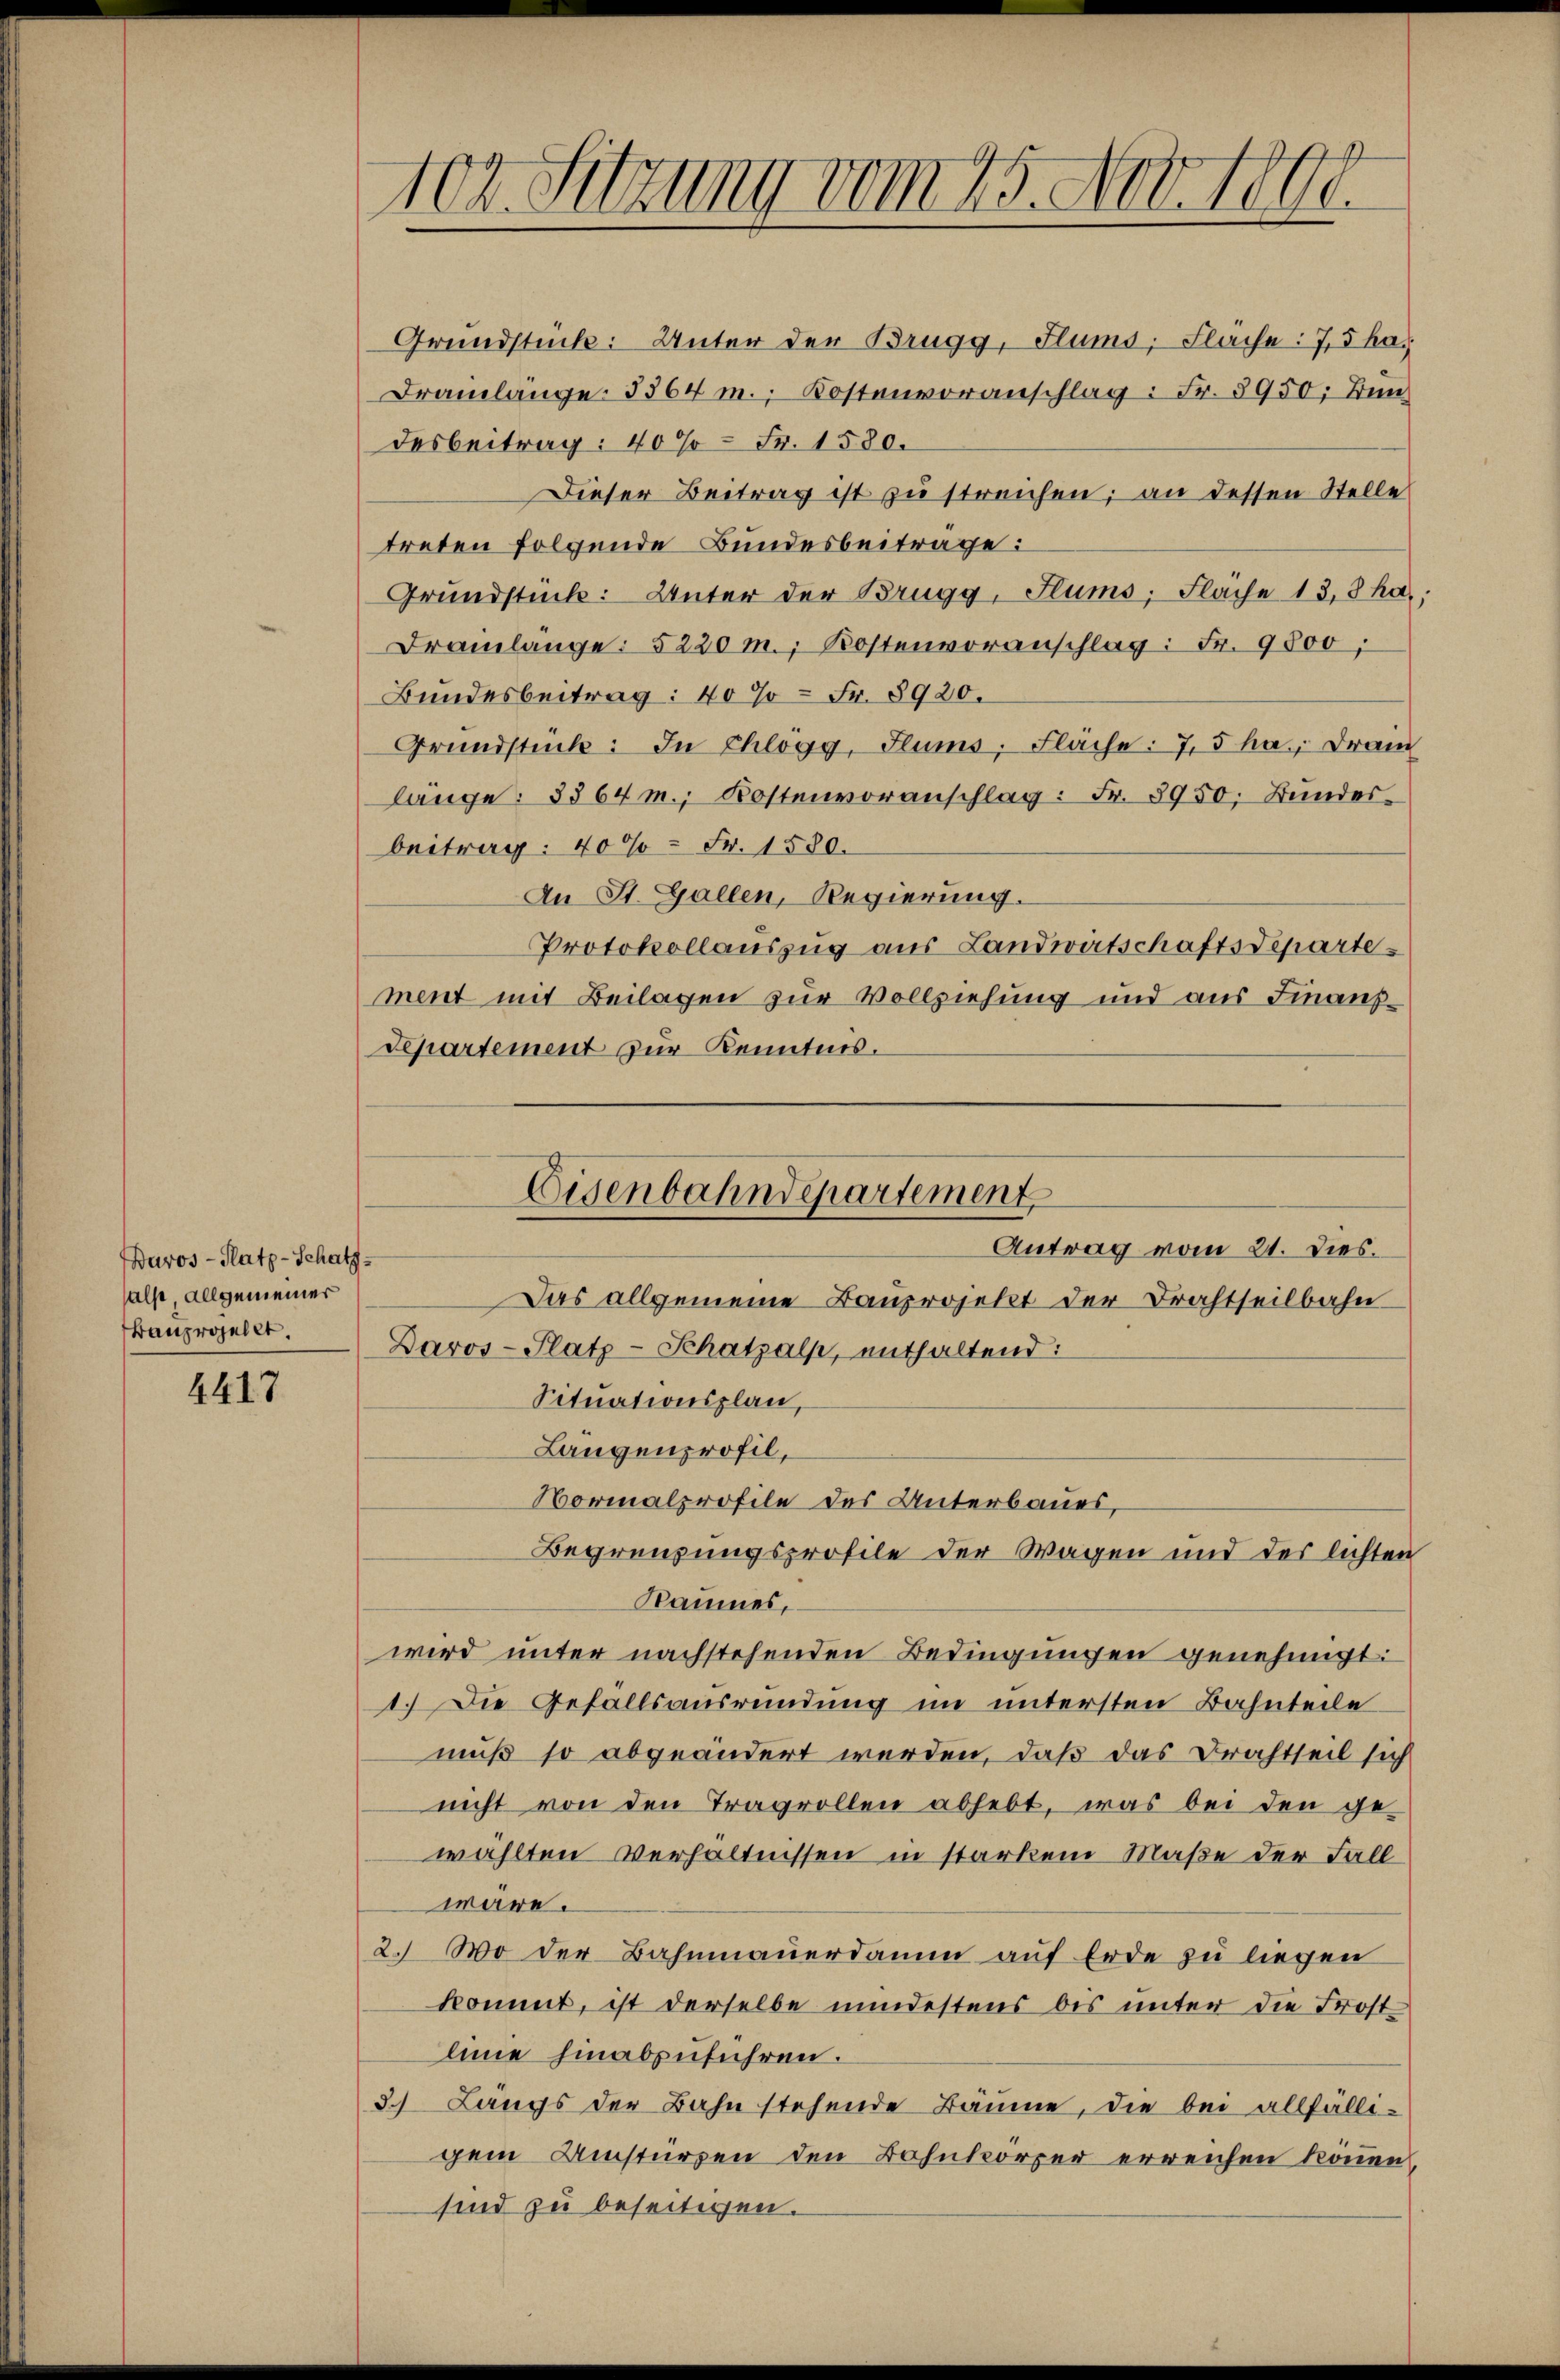
Davos- Platz-Schatz-
also, allgemeiner
Banprojellt.

4417

102. Sitzung vom 25. No. 1800.

Grundstück: Unter der Brugg, Flums, Flache: 7,5 has
Drainlänge 3364 m., Kostenvoranschlag: Fr. 3950; Bundesbeitrag: 40% = Fr. 1580.
Dieser Beitrag ist zu streichen; an dessen Stelle
treten folgende Bundesbeitrage:
Grundstück: Unter der Brugg, Stums, Fläche 13,8 ha,
Dramlänge: 5220 m. Kostenvoranschlag: Fr. 9800;
Bundesbeitrag: 40% = Fr. 8920.
Grundstück: In Chlögg, Flums, Flache: 7,5 ha. Drain
länge: 3364 m., Kostenvoranschlag: Fr. 8950. Bundes-
beitrag: 400 Fr. 1580.
An St. Gallen, Regierung.
Protokollauszug aus Landwirtschaftsdepartement mit Beilagen zur Vollziehung und aus Finanz¬
Separtement zur Kenntnis.
Das allgemeine Bauprojekt der Drahtheilbahn
Davos- Platz-Schatzalp, enthaltend:
Situationsplan,
Langenprofil,
Normalprofile des Unterbaues,
Begrenzungsprofile der Wagen und der lichten
Raumes,
wird unter nachstehenden Bedingungen genehmigt:
1.) Die Gefallsausrendung im untersten Bahnteile
muß so abgeändert werden, daß das Brachtteil sich
nicht von den Tragrollen abhebt, was bei den gewählten Verhältnissen in starkem Maße der Fall
wäre.
2. Wo der Bahnmauerdamm auf Erde zu liegen
kommt, ist derselbe mindestens bis unter die Frost-
linie hinabzuführen.
3.) Längs der Bahn stehende Bäume, die bei allfälligem Umstürzen den Bohnkörper erreichen können,
sind zu beseitigen.

Eisenbahndepartement
Antrag vom 21. Dies.